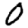
Digit: 0